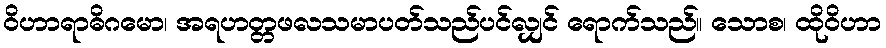
ဝိဟာရာဓိဂမော၊ အရဟတ္တဖလသမာပတ်သည်ပင်လျှင် ရောက်သည်။ သောစ၊ ထိုဝိဟာ